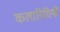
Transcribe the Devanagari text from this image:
कलानिधियों